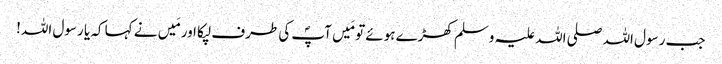
جب رسول اللہ صلی اللہ علیہ وسلم کھڑے ہوئے تو مَیں آپؐ کی طرف لپکا اور مَیں نے کہا کہ یا رسول اللہ!